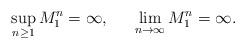
LaTeX: \begin{align*} \sup_{n\geq 1} M_1^n = \infty, \hskip .25in \lim_{n\to \infty} M_1^n =\infty.\end{align*}